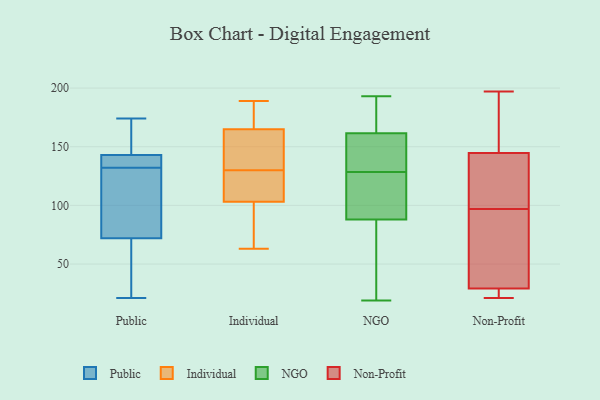
{"axis": {"x": "Satisfaction Score", "y": "Value"}, "legend": ["Individual", "NGO", "Non-Profit", "Public"], "data": [{"x": "", "y": 21, "type": "Public"}, {"x": "", "y": 60, "type": "Public"}, {"x": "", "y": 174, "type": "Public"}, {"x": "", "y": 131, "type": "Public"}, {"x": "", "y": 87, "type": "Public"}, {"x": "", "y": 133, "type": "Public"}, {"x": "", "y": 140, "type": "Public"}, {"x": "", "y": 166, "type": "Public"}, {"x": "", "y": 143, "type": "Public"}, {"x": "", "y": 72, "type": "Public"}, {"x": "", "y": 63, "type": "Individual"}, {"x": "", "y": 103, "type": "Individual"}, {"x": "", "y": 146, "type": "Individual"}, {"x": "", "y": 128, "type": "Individual"}, {"x": "", "y": 141, "type": "Individual"}, {"x": "", "y": 81, "type": "Individual"}, {"x": "", "y": 83, "type": "Individual"}, {"x": "", "y": 123, "type": "Individual"}, {"x": "", "y": 103, "type": "Individual"}, {"x": "", "y": 176, "type": "Individual"}, {"x": "", "y": 171, "type": "Individual"}, {"x": "", "y": 165, "type": "Individual"}, {"x": "", "y": 189, "type": "Individual"}, {"x": "", "y": 103, "type": "Individual"}, {"x": "", "y": 135, "type": "Individual"}, {"x": "", "y": 166, "type": "Individual"}, {"x": "", "y": 132, "type": "Individual"}, {"x": "", "y": 110, "type": "Individual"}, {"x": "", "y": 193, "type": "NGO"}, {"x": "", "y": 123, "type": "NGO"}, {"x": "", "y": 185, "type": "NGO"}, {"x": "", "y": 98, "type": "NGO"}, {"x": "", "y": 120, "type": "NGO"}, {"x": "", "y": 150, "type": "NGO"}, {"x": "", "y": 66, "type": "NGO"}, {"x": "", "y": 157, "type": "NGO"}, {"x": "", "y": 94, "type": "NGO"}, {"x": "", "y": 82, "type": "NGO"}, {"x": "", "y": 155, "type": "NGO"}, {"x": "", "y": 23, "type": "NGO"}, {"x": "", "y": 181, "type": "NGO"}, {"x": "", "y": 166, "type": "NGO"}, {"x": "", "y": 128, "type": "NGO"}, {"x": "", "y": 25, "type": "NGO"}, {"x": "", "y": 129, "type": "NGO"}, {"x": "", "y": 19, "type": "NGO"}, {"x": "", "y": 147, "type": "NGO"}, {"x": "", "y": 188, "type": "NGO"}, {"x": "", "y": 28, "type": "Non-Profit"}, {"x": "", "y": 82, "type": "Non-Profit"}, {"x": "", "y": 92, "type": "Non-Profit"}, {"x": "", "y": 154, "type": "Non-Profit"}, {"x": "", "y": 161, "type": "Non-Profit"}, {"x": "", "y": 33, "type": "Non-Profit"}, {"x": "", "y": 197, "type": "Non-Profit"}, {"x": "", "y": 97, "type": "Non-Profit"}, {"x": "", "y": 123, "type": "Non-Profit"}, {"x": "", "y": 21, "type": "Non-Profit"}, {"x": "", "y": 126, "type": "Non-Profit"}, {"x": "", "y": 27, "type": "Non-Profit"}, {"x": "", "y": 125, "type": "Non-Profit"}, {"x": "", "y": 27, "type": "Non-Profit"}, {"x": "", "y": 151, "type": "Non-Profit"}]}